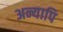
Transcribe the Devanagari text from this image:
अन्यापि